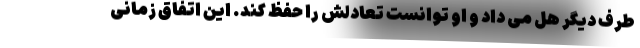
طرف دیگر هل می داد و او توانست تعادلش را حفظ کند. این اتفاق زمانی